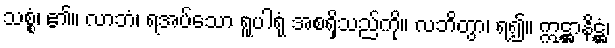
သစ္စံ၊ ၏။ လာဘံ၊ ရအပ်သော ရူပါရုံ အစရှိသည်ကို။ လဘိတွာ၊ ရ၍။ ဣဋ္ဌာနိဋ္ဌံ၊